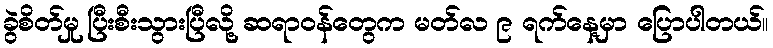
ခွဲစိတ်မှု ပြီးစီးသွားပြီလို့ ဆရာဝန်တွေက မတ်လ ၉ ရက်နေ့မှာ ပြောပါတယ်။